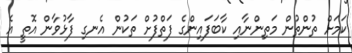
ކަމަށް ތުންތުން މަތިންނާއި ކާބަފައިންގެ ފަތްފުށް ތަކުން އެނގި ފާޅުވާން އޮތީ އެ